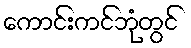
ကောင်းကင်ဘုံတွင်